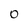
Character: 0